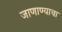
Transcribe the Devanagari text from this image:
जाणाण्याचा